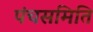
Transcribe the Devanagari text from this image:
पंचसमिति